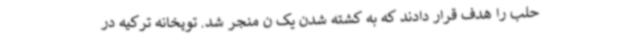
حلب را هدف قرار دادند که به کشته شدن یک ن منجر شد. توپخانه ترکیه در